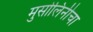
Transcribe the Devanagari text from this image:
मुसोलिनीचा